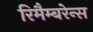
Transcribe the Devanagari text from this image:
रिमैम्बरेन्स